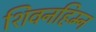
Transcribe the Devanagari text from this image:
शिवनहिम्न